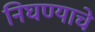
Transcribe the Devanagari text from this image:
निघण्याचे